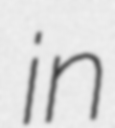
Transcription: in